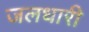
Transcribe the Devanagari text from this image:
जलधारी